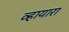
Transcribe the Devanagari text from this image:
व्हायारा